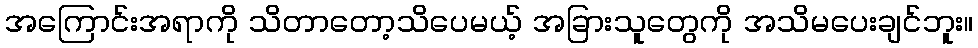
အကြောင်းအရာကို သိတာတော့သိပေမယ့် အခြားသူတွေကို အသိမပေးချင်ဘူး။